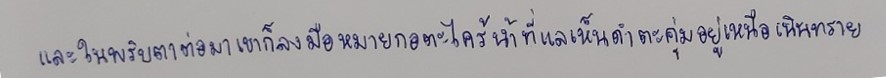
และในพริบตาต่อมาเขาก็ลงมือหมายกอตะไคร้น้ำที่แลเห็นดำตะคุ่มอยู่เหนือเนินทราย